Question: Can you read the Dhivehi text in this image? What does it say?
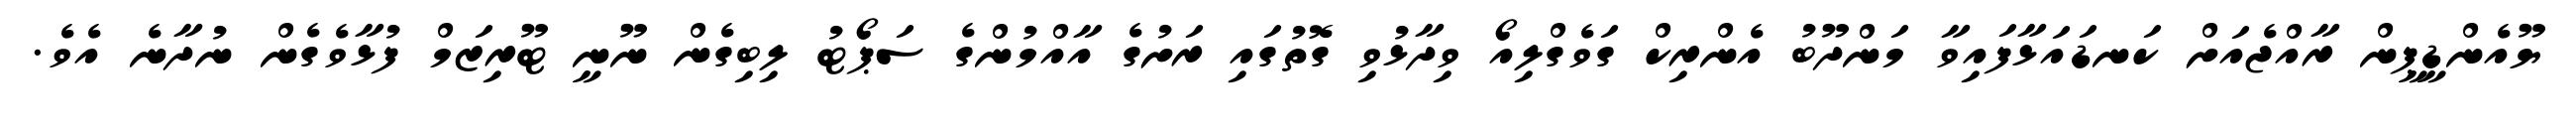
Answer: ޔޫއެންޑީޕީން ރާއްޖެއަށް ކަނޑައަޅާފައިވާ މަންދޫބު އެންރިކް ގަވެގްލިއޯ ވިދާޅުވި ގޮތުގައި ރަށުގެ އާއްމުންގެ ސަޕޯޓު ލިބިގެން ނޫނީ ޓޫރިޒަމް ފުޅާވެގެން ނުދާނެ އެވެ.